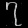
Digit: ၇